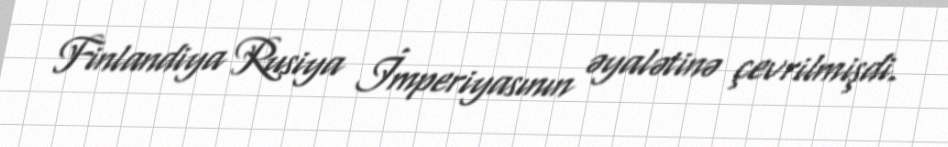
Finlandiya Rusiya İmperiyasının əyalətinə çevrilmişdi.